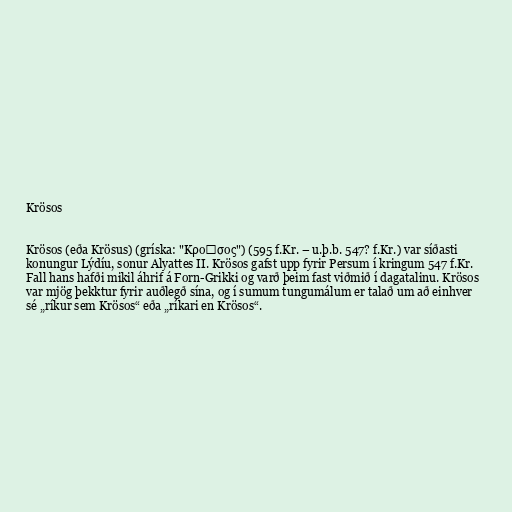
Krösos

Krösos (eða Krösus) (gríska: "Κροῖσος") (595 f.Kr. – u.þ.b. 547? f.Kr.) var síðasti
konungur Lýdíu, sonur Alyattes II. Krösos gafst upp fyrir Persum í kringum 547 f.Kr.
Fall hans hafði mikil áhrif á Forn-Grikki og varð þeim fast viðmið í dagatalinu. Krösos
var mjög þekktur fyrir auðlegð sína, og í sumum tungumálum er talað um að einhver
sé „ríkur sem Krösos“ eða „ríkari en Krösos“.